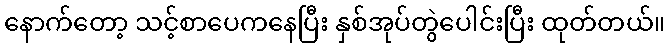
နောက်တော့ သင့်စာပေကနေပြီး နှစ်အုပ်တွဲပေါင်းပြီး ထုတ်တယ်။